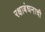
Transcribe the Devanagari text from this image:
रक्षाबंधनाची